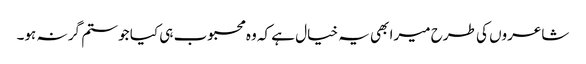
شاعروں کی طرح میرا بھی یہ خیال ہے کہ وہ محبوب ہی کیا جو ستم گر نہ ہو۔